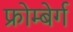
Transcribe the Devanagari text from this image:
फ्रोम्बेर्ग